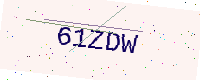
Text: 61ZDW